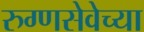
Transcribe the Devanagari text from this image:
रुग्णसेवेच्या